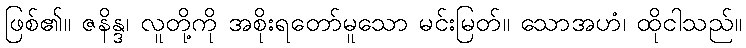
ဖြစ်၏။ ဇနိန္ဒ၊ လူတို့ကို အစိုးရတော်မူသော မင်းမြတ်။ သောအဟံ၊ ထိုငါသည်။